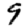
Digit: 9